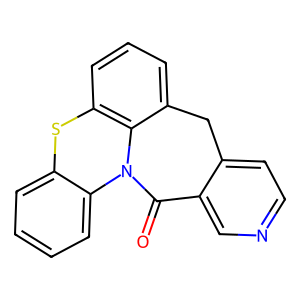
SMILES: O=C1c2cnccc2Cc2cccc3c2N1c1ccccc1S3
Inhibits HIV replication: No